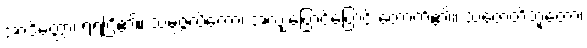
အာဒိတ္တော၊ ရဲရဲငြိ၏။ သမ္ပဇ္ဇလိကော၊ အလျှံပြောင်ပြောင် တောက်၏။ သဇောတိဘူတော၊